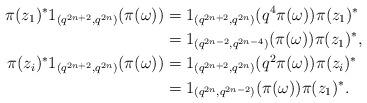
LaTeX: \begin{align*} \pi(z_1)^*1_{(q^{2n+2},q^{2n})}(\pi(\omega)) & =1_{(q^{2n+2},q^{2n})}(q^4\pi(\omega))\pi(z_1)^*\\ &=1_{(q^{2n-2},q^{2n-4})}(\pi(\omega))\pi(z_1)^*,\\ \pi(z_i)^*1_{(q^{2n+2},q^{2n})}(\pi(\omega)) &=1_{(q^{2n+2},q^{2n})}(q^2\pi(\omega))\pi(z_i)^*\\ &=1_{(q^{2n},q^{2n-2})}(\pi(\omega))\pi(z_1)^*.\end{align*}